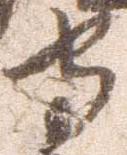
守